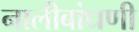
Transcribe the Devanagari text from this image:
नालीबांधणी